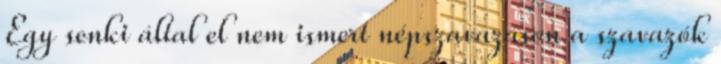
Egy senki által el nem ismert népszavazáson a szavazók